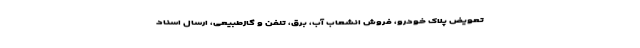
تعویض پلاک خودرو، فروش انشعاب آب، برق، تلفن و گازطبیعی، ارسال اسناد